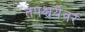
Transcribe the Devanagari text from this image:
तपश्चर्येवर